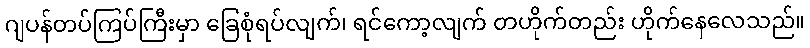
ဂျပန်တပ်ကြပ်ကြီးမှာ ခြေစုံရပ်လျက်၊ ရင်ကော့လျက် တဟိုက်တည်း ဟိုက်နေလေသည်။